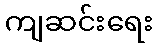
ကျဆင်းရေး